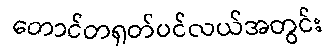
တောင်တရုတ်ပင်လယ်အတွင်း